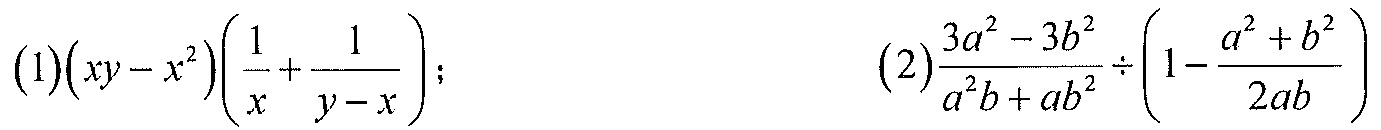
(1)\((xy - x^{2})\left(\frac{1}{x}+\frac{1}{y - x}\right)\)；  (2)\(\frac{3a^{2}-3b^{2}}{a^{2}b + ab^{2}}\div\left(1-\frac{a^{2}+b^{2}}{2ab}\right)\)